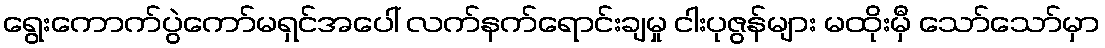
ရွေးကောက်ပွဲကော်မရှင်အပေါ် လက်နက်ရောင်းချမှု ငါးပုဇွန်များ မထိုးမှီ သော်သော်မှာ